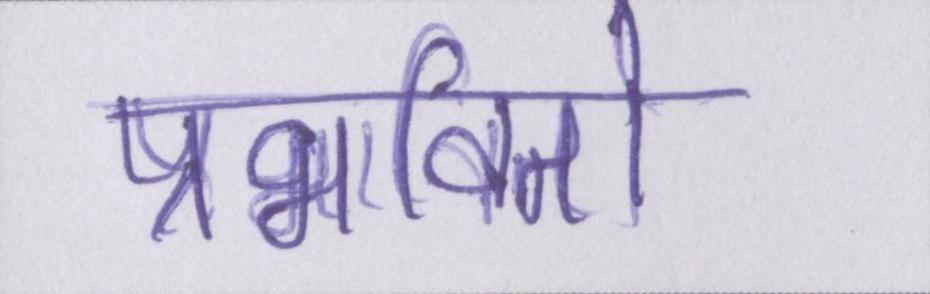
प्रभावितों